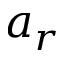
a _ { r }